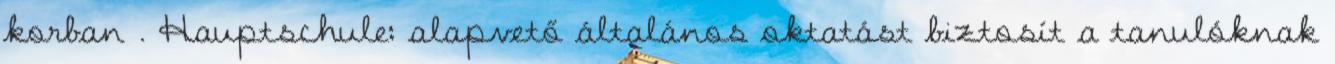
korban . Hauptschule: alapvető általános oktatást biztosít a tanulóknak